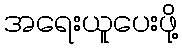
အရေးယူပေးဖို့